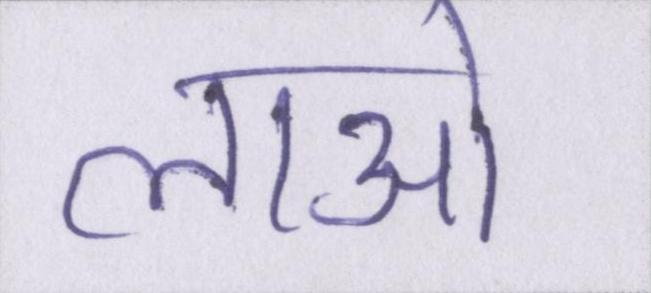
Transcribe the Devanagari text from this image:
लाओ